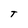
Character: T